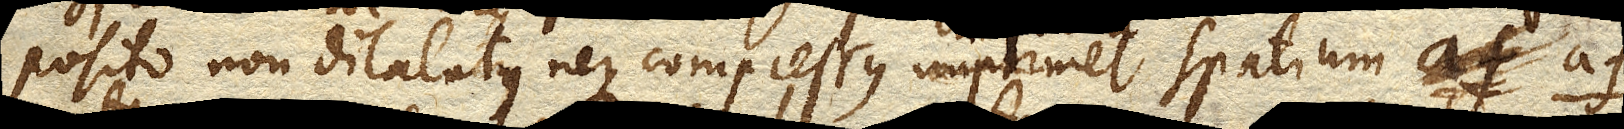
posito non dilatatus neque compressus imprimet spatium af